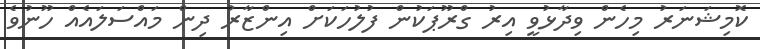
ކޮމިޝަނަރު މިހެން ވިދާޅުވީ އިރު ގްރޫޕަކުން ފުލުހަކަށް އިންޒާރު ދިން މައްސަލައެއް ހޫނުވެ